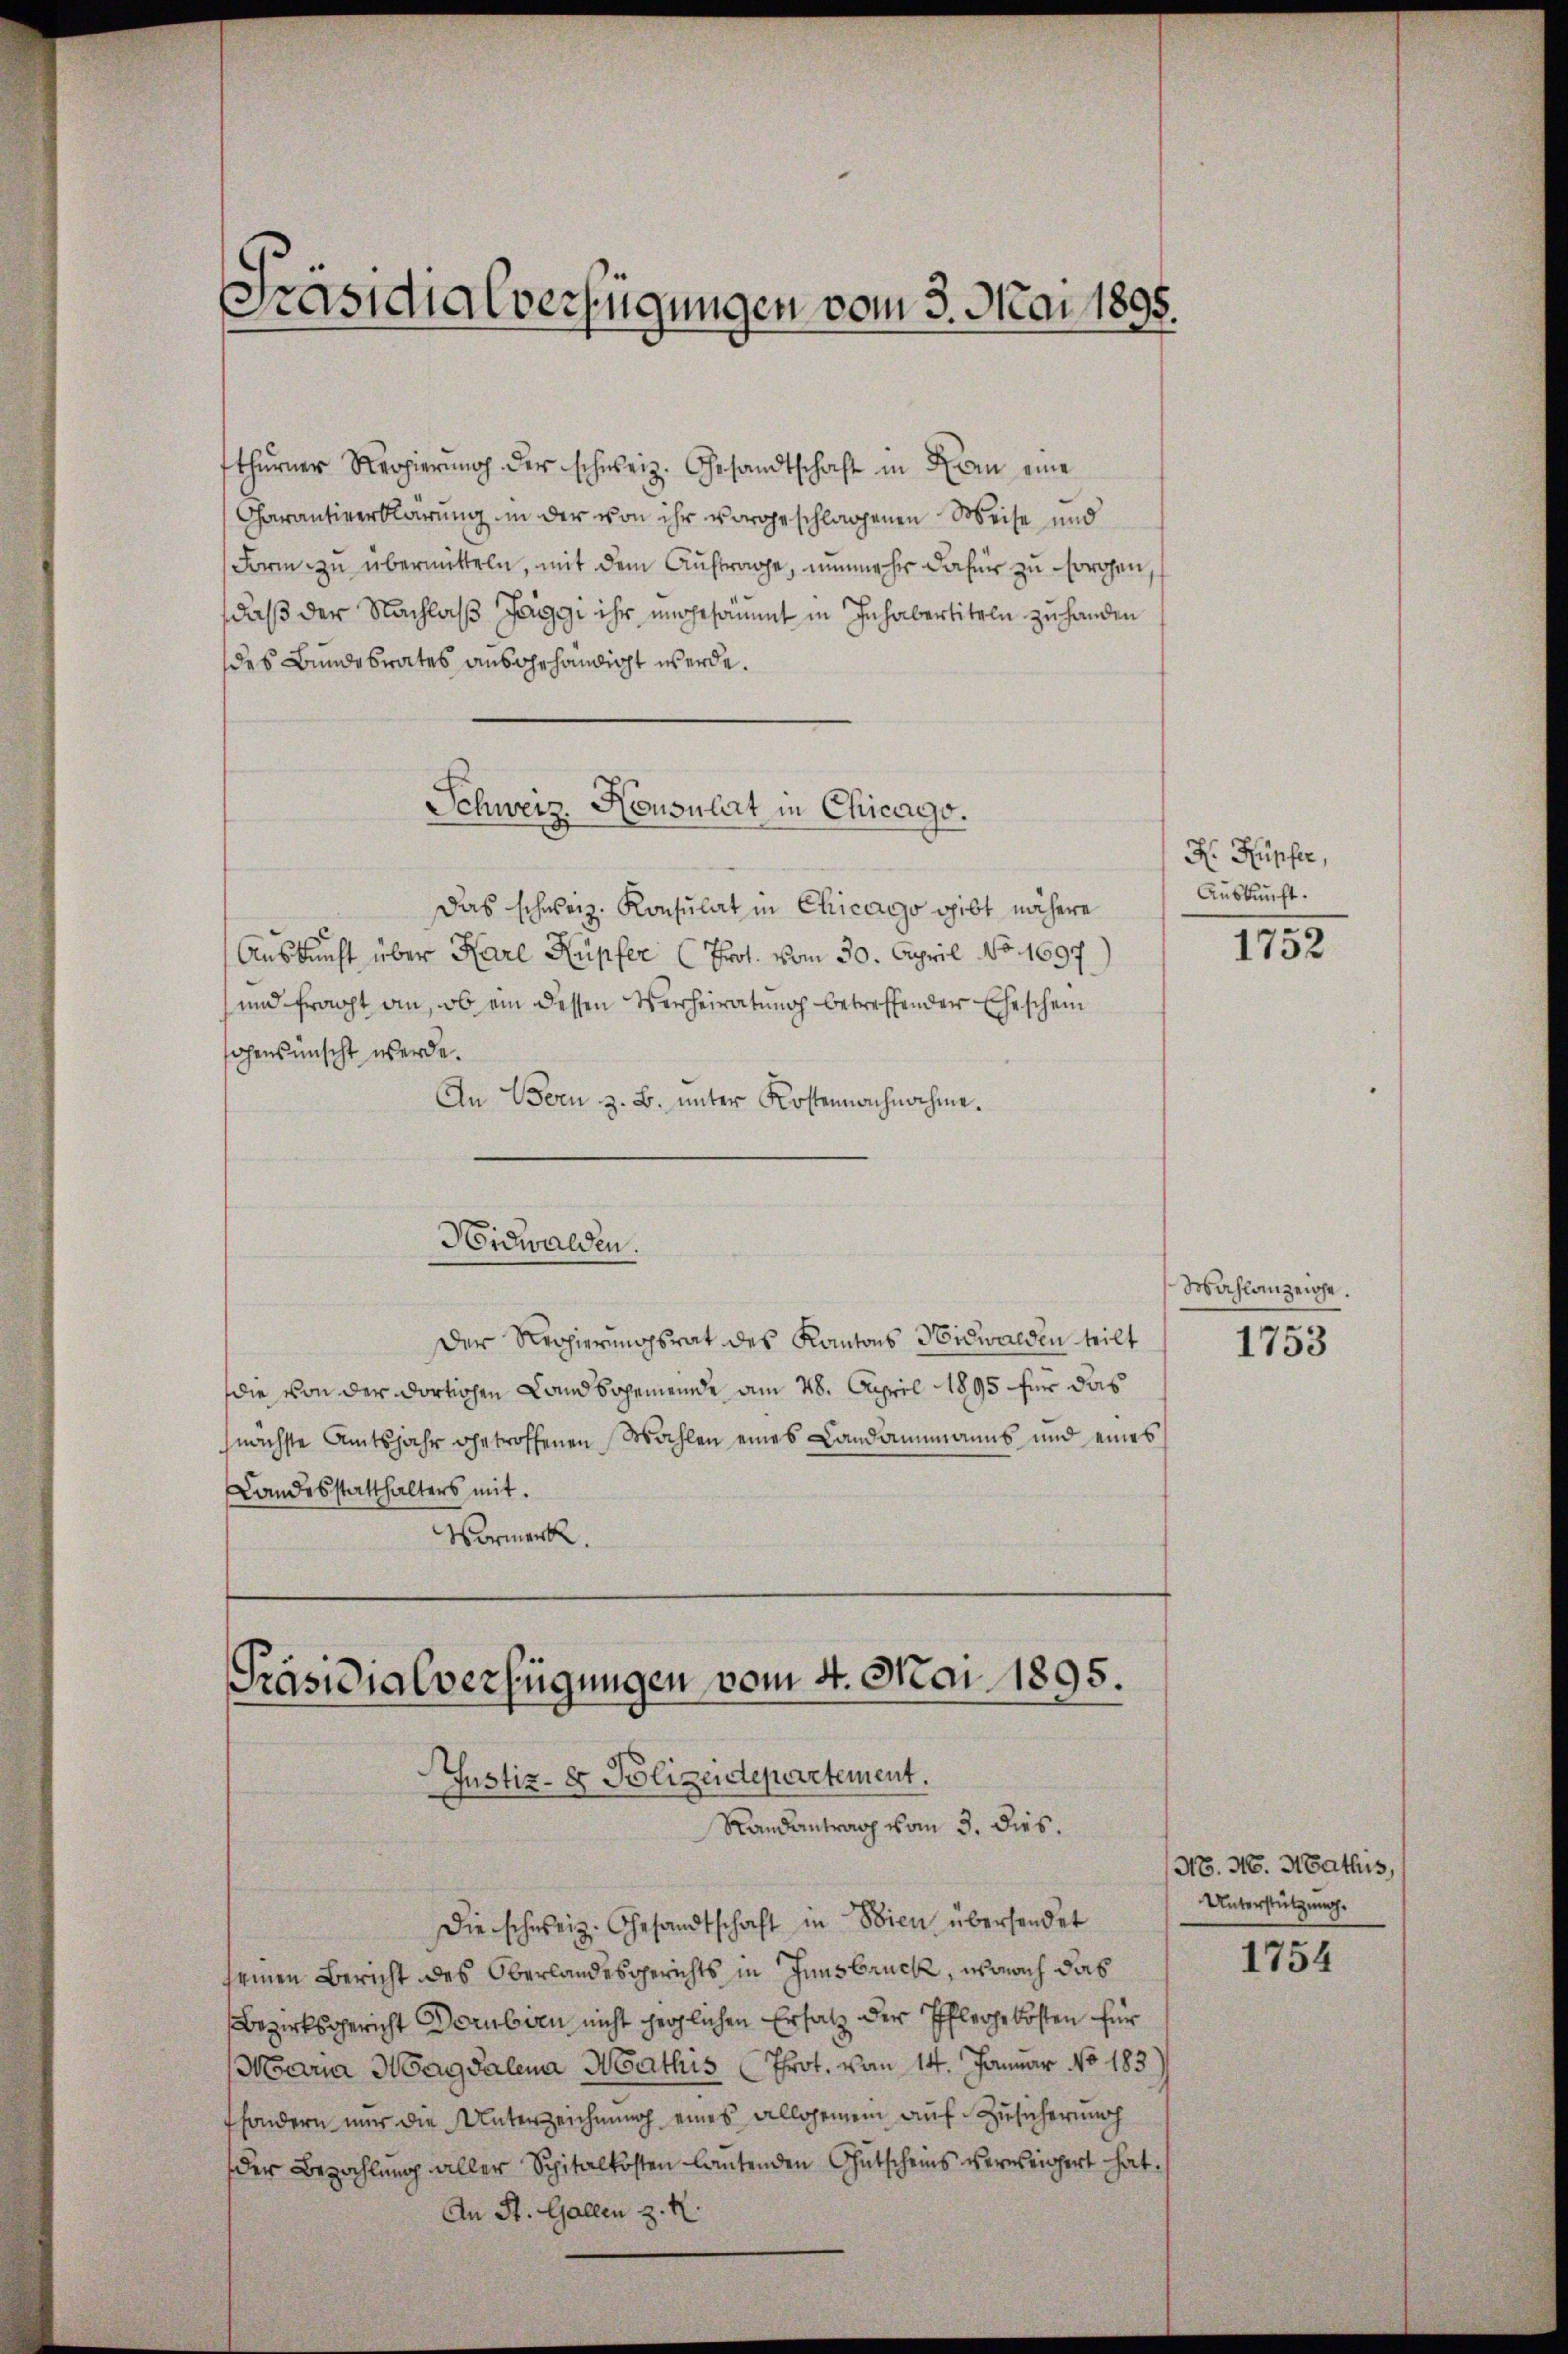
Präsidialverfügungen vom 3. Mai 1895.

fthurner Regierung der schweiz. Gesandtschaft in Erin eine
Charantiverklärung in der von ihr vorgeschlagenen Weise und
Form zu übermitteln, mit dem Auftrage, nunmehr dafür zu sorgen,
daß der Nachlaß Jaggi ihr ungesammt in Inhabertiteln zu handen
des Bundebrates ausgehändigt werde.
Schweiz. Konsulat in Chicago.
Das schweiz. Konsulat in Chicago gibt nähere
Auskunft über Karl Küpfer (Prot. vom 30. April No. 1697.)
und fracht an, ob ein dessen Verheiratung betreffender Eheschein
hohensünscht werde.
An Bern z. B. unter Kostennachnahme.
Nidwalden.
Der Regierungsrat des Kantons Nidwalden teilt
die von der dortiohen Landsgemeinde am 28. April 1895 für das
nächste Amtsjahr getroffenen Wahlen eines Landammanns und eines
Landesstatthalters mit.
Vormerk.

Die schweiz. Gesandtschaft in Wien übersendet
seinen Bericht des Oberlandesgerichts in Innsbruck, wonach das
Bezirksgericht Dorubien nicht geglichen Ersatz der Pflegekosten für
(Maria Magdalena Mathis Prot. von 14. Januar No 183)
sondern nur die Unterzeichnung eines allgemein auf Zusicherung
der Bezahlung aller Spitalkosten lautenden Gutscheins verweigert hat.
An St. Gallen z. R.

Präsidialverfügungen vom 4. Mai 1895.
Justiz- & Polizeidepartement.
Randantrag vom 3. dies.

R Kupfer,
Auskunft.

1752

Wahlanzeige.
1753

N. N. Mathis,
Unterstützung.

1754